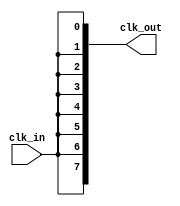
module HighFanoutClockBuffer (
    input wire clk_in,            // Input clock signal
    output wire [NUM_OUTPUTS-1:0] clk_out  // Output clock signals
);
    // Parameter to define the number of outputs
    parameter NUM_OUTPUTS = 8;

    // Internal wire to hold the buffered clock signal
    wire buffered_clk;

    // Input stage: Schmitt trigger equivalent (idealized in this example)
    // In practice, you might implement a more complex stage depending on requirements
    assign buffered_clk = clk_in;

    // Driving stage: Multiple instances to replicate the clock signal
    genvar i;
    generate
        for (i = 0; i < NUM_OUTPUTS; i = i + 1) begin : clk_drivers
            // Output stage: Drive the clock signal to each output
            assign clk_out[i] = buffered_clk;
        end
    endgenerate

    // You may include additional buffering, impedance matching, or bypass capacitors in a specific ASIC implementation
    // This is a behavioral representation and should be optimized for synthesis in practical applications

endmodule